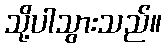
သို့ပါသွားသည်။